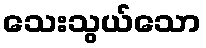
သေးသွယ်သော